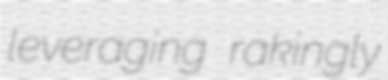
leveraging rakingly